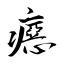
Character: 癋